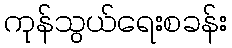
ကုန်သွယ်ရေးစခန်း